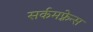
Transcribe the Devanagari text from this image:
सर्कमफ़्रेन्स